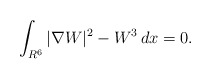
\begin{align*}\int_{R^6}|\nabla W|^2-W^3\,dx=0.\end{align*}